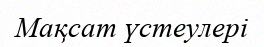
Мақсат үстеулері